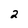
Character: 2